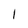
Character: I